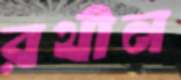
রথীন